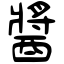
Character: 醬